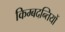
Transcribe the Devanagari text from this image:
किम्बदन्तियों